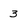
Character: 3